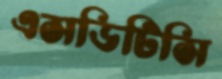
এসডিটিসি